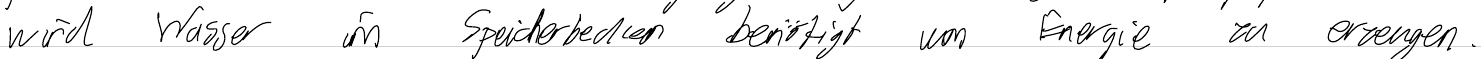
wird Wasser im Speicherbecken benötigt um Energie zu erzeugen.